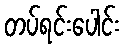
တပ်ရင်းပေါင်း